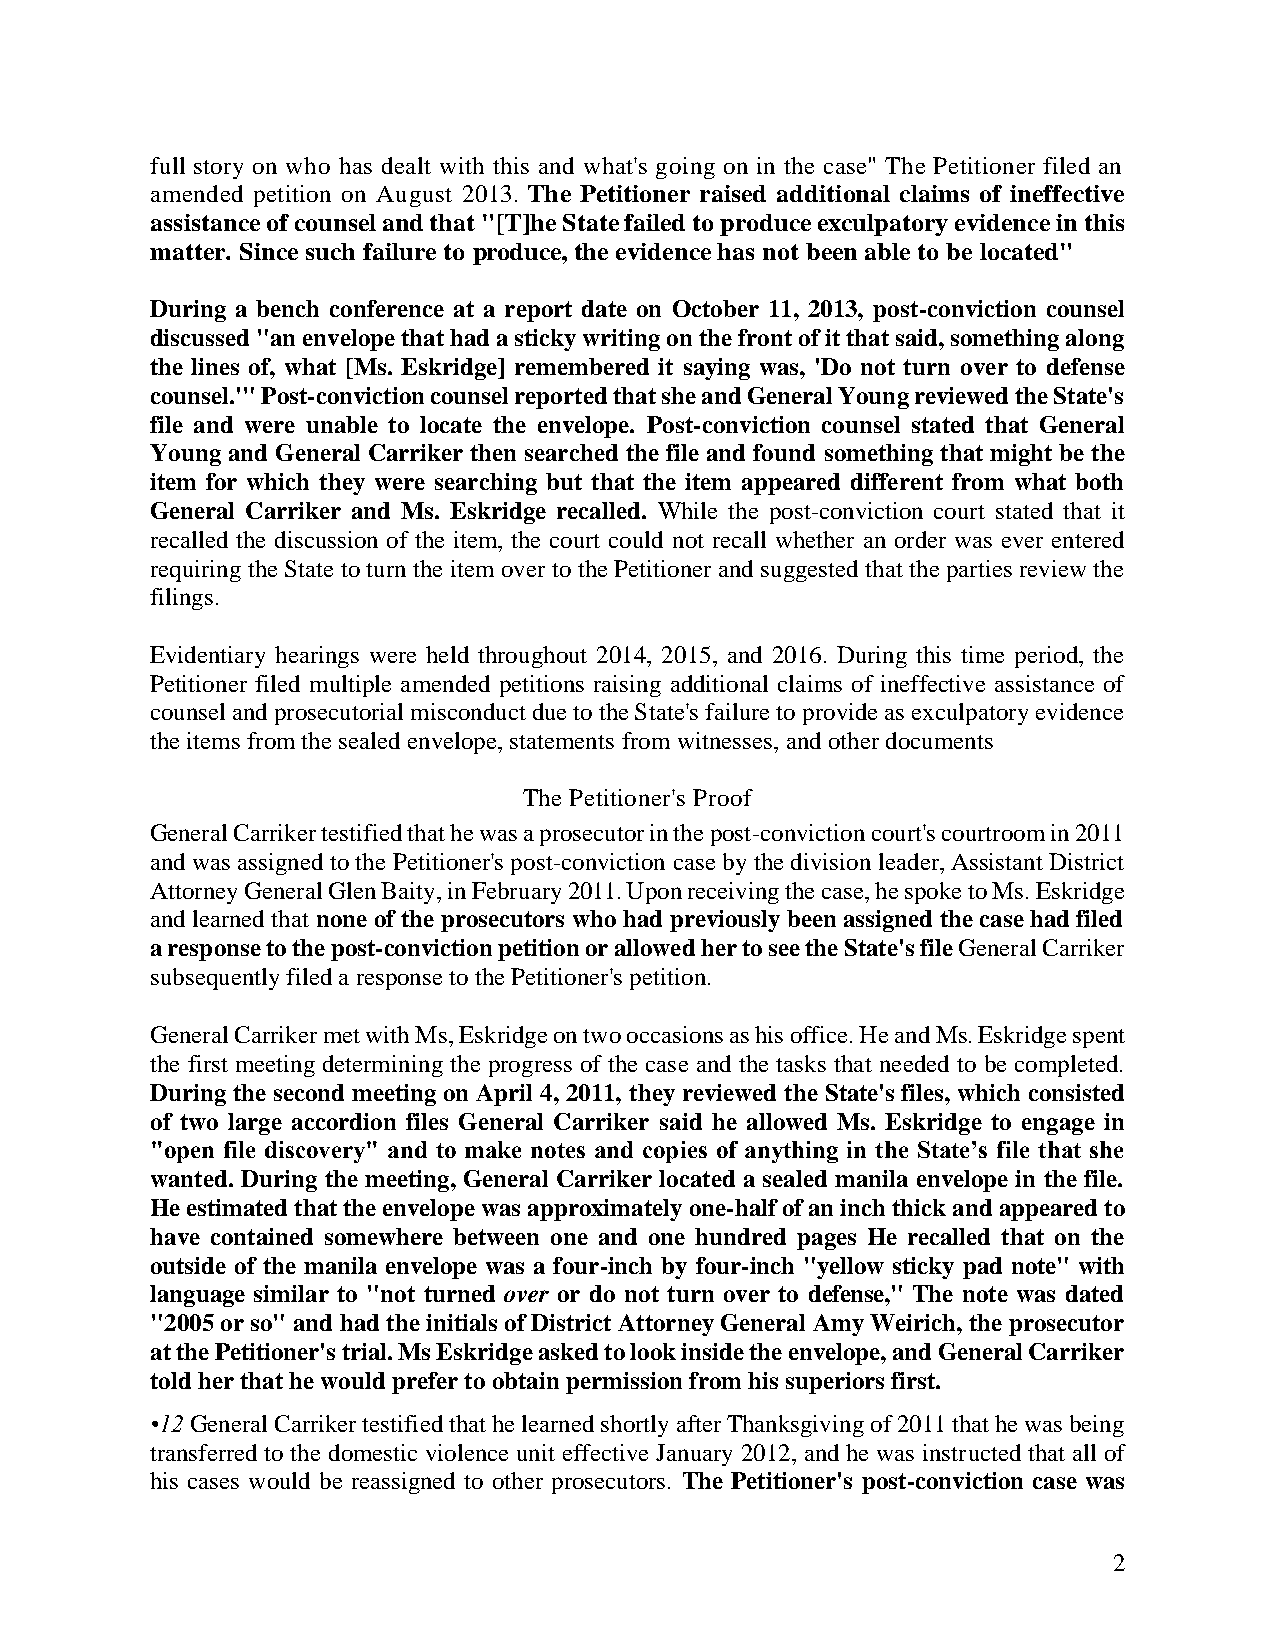
full story on who has dealt with this and what's going on in the case" The Petitioner filed an
 amended petition on August 2013. The Petitioner raised additional claims of ineffective
 assistance of counsel and that "[T]he State failed to produce exculpatory evidence in this
 matter. Since such failure to produce, the evidence has not been able to be located"
 During a bench conference at a report date on October 11, 2013, post-conviction counsel
 discussed "an envelope that had a sticky writing on the front of it that said, something along
 the lines of, what [Ms. Eskridge] remembered it saying was, 'Do not turn over to defense
 counsel.'" Post-conviction counsel reported that she and General Young reviewed the State's
 file and were unable to locate the envelope. Post-conviction counsel stated that General
 Young and General Carriker then searched the file and found something that might be the
 item for which they were searching but that the item appeared different from what both
 General Carriker and Ms. Eskridge recalled. While the post-conviction court stated that it
 recalled the discussion of the item, the court could not recall whether an order was ever entered
 requiring the State to turn the item over to the Petitioner and suggested that the parties review the
 filings.
 Evidentiary hearings were held throughout 2014, 2015, and 2016. During this time period, the
 Petitioner filed multiple amended petitions raising additional claims of ineffective assistance of
 counsel and prosecutorial misconduct due to the State's failure to provide as exculpatory evidence
 the items from the sealed envelope, statements from witnesses, and other documents
 The Petitioner's Proof
 General Carriker testified that he was a prosecutor in the post-conviction court's courtroom in 2011
 and was assigned to the Petitioner's post-conviction case by the division leader, Assistant District
 Attorney General Glen Baity, in February 2011. Upon receiving the case, he spoke to Ms. Eskridge
 and learned that none of the prosecutors who had previously been assigned the case had filed
 a response to the post-conviction petition or allowed her to see the State's file General Carriker
 subsequently filed a response to the Petitioner's petition.
 General Carriker met with Ms, Eskridge on two occasions as his office. He and Ms. Eskridge spent
 the first meeting determining the progress of the case and the tasks that needed to be completed.
 During the second meeting on April 4, 2011, they reviewed the State's files, which consisted
 of two large accordion files General Carriker said he allowed Ms. Eskridge to engage in
 "open file discovery" and to make notes and copies of anything in the State’s file that she
 wanted. During the meeting, General Carriker located a sealed manila envelope in the file.
 He estimated that the envelope was approximately one-half of an inch thick and appeared to
 have contained somewhere between one and one hundred pages He recalled that on the
 outside of the manila envelope was a four-inch by four-inch "yellow sticky pad note" with
 language similar to "not turned over or do not turn over to defense," The note was dated
 "2005 or so" and had the initials of District Attorney General Amy Weirich, the prosecutor
 at the Petitioner's trial. Ms Eskridge asked to look inside the envelope, and General Carriker
 told her that he would prefer to obtain permission from his superiors first.
 •12 General Carriker testified that he learned shortly after Thanksgiving of 2011 that he was being
 transferred to the domestic violence unit effective January 2012, and he was instructed that all of
 his cases would be reassigned to other prosecutors. The Petitioner's post-conviction case was
 2